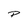
Character: P